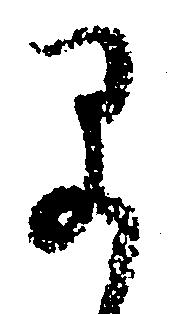
早